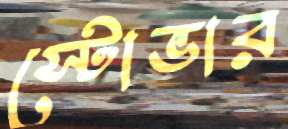
স্টোভার